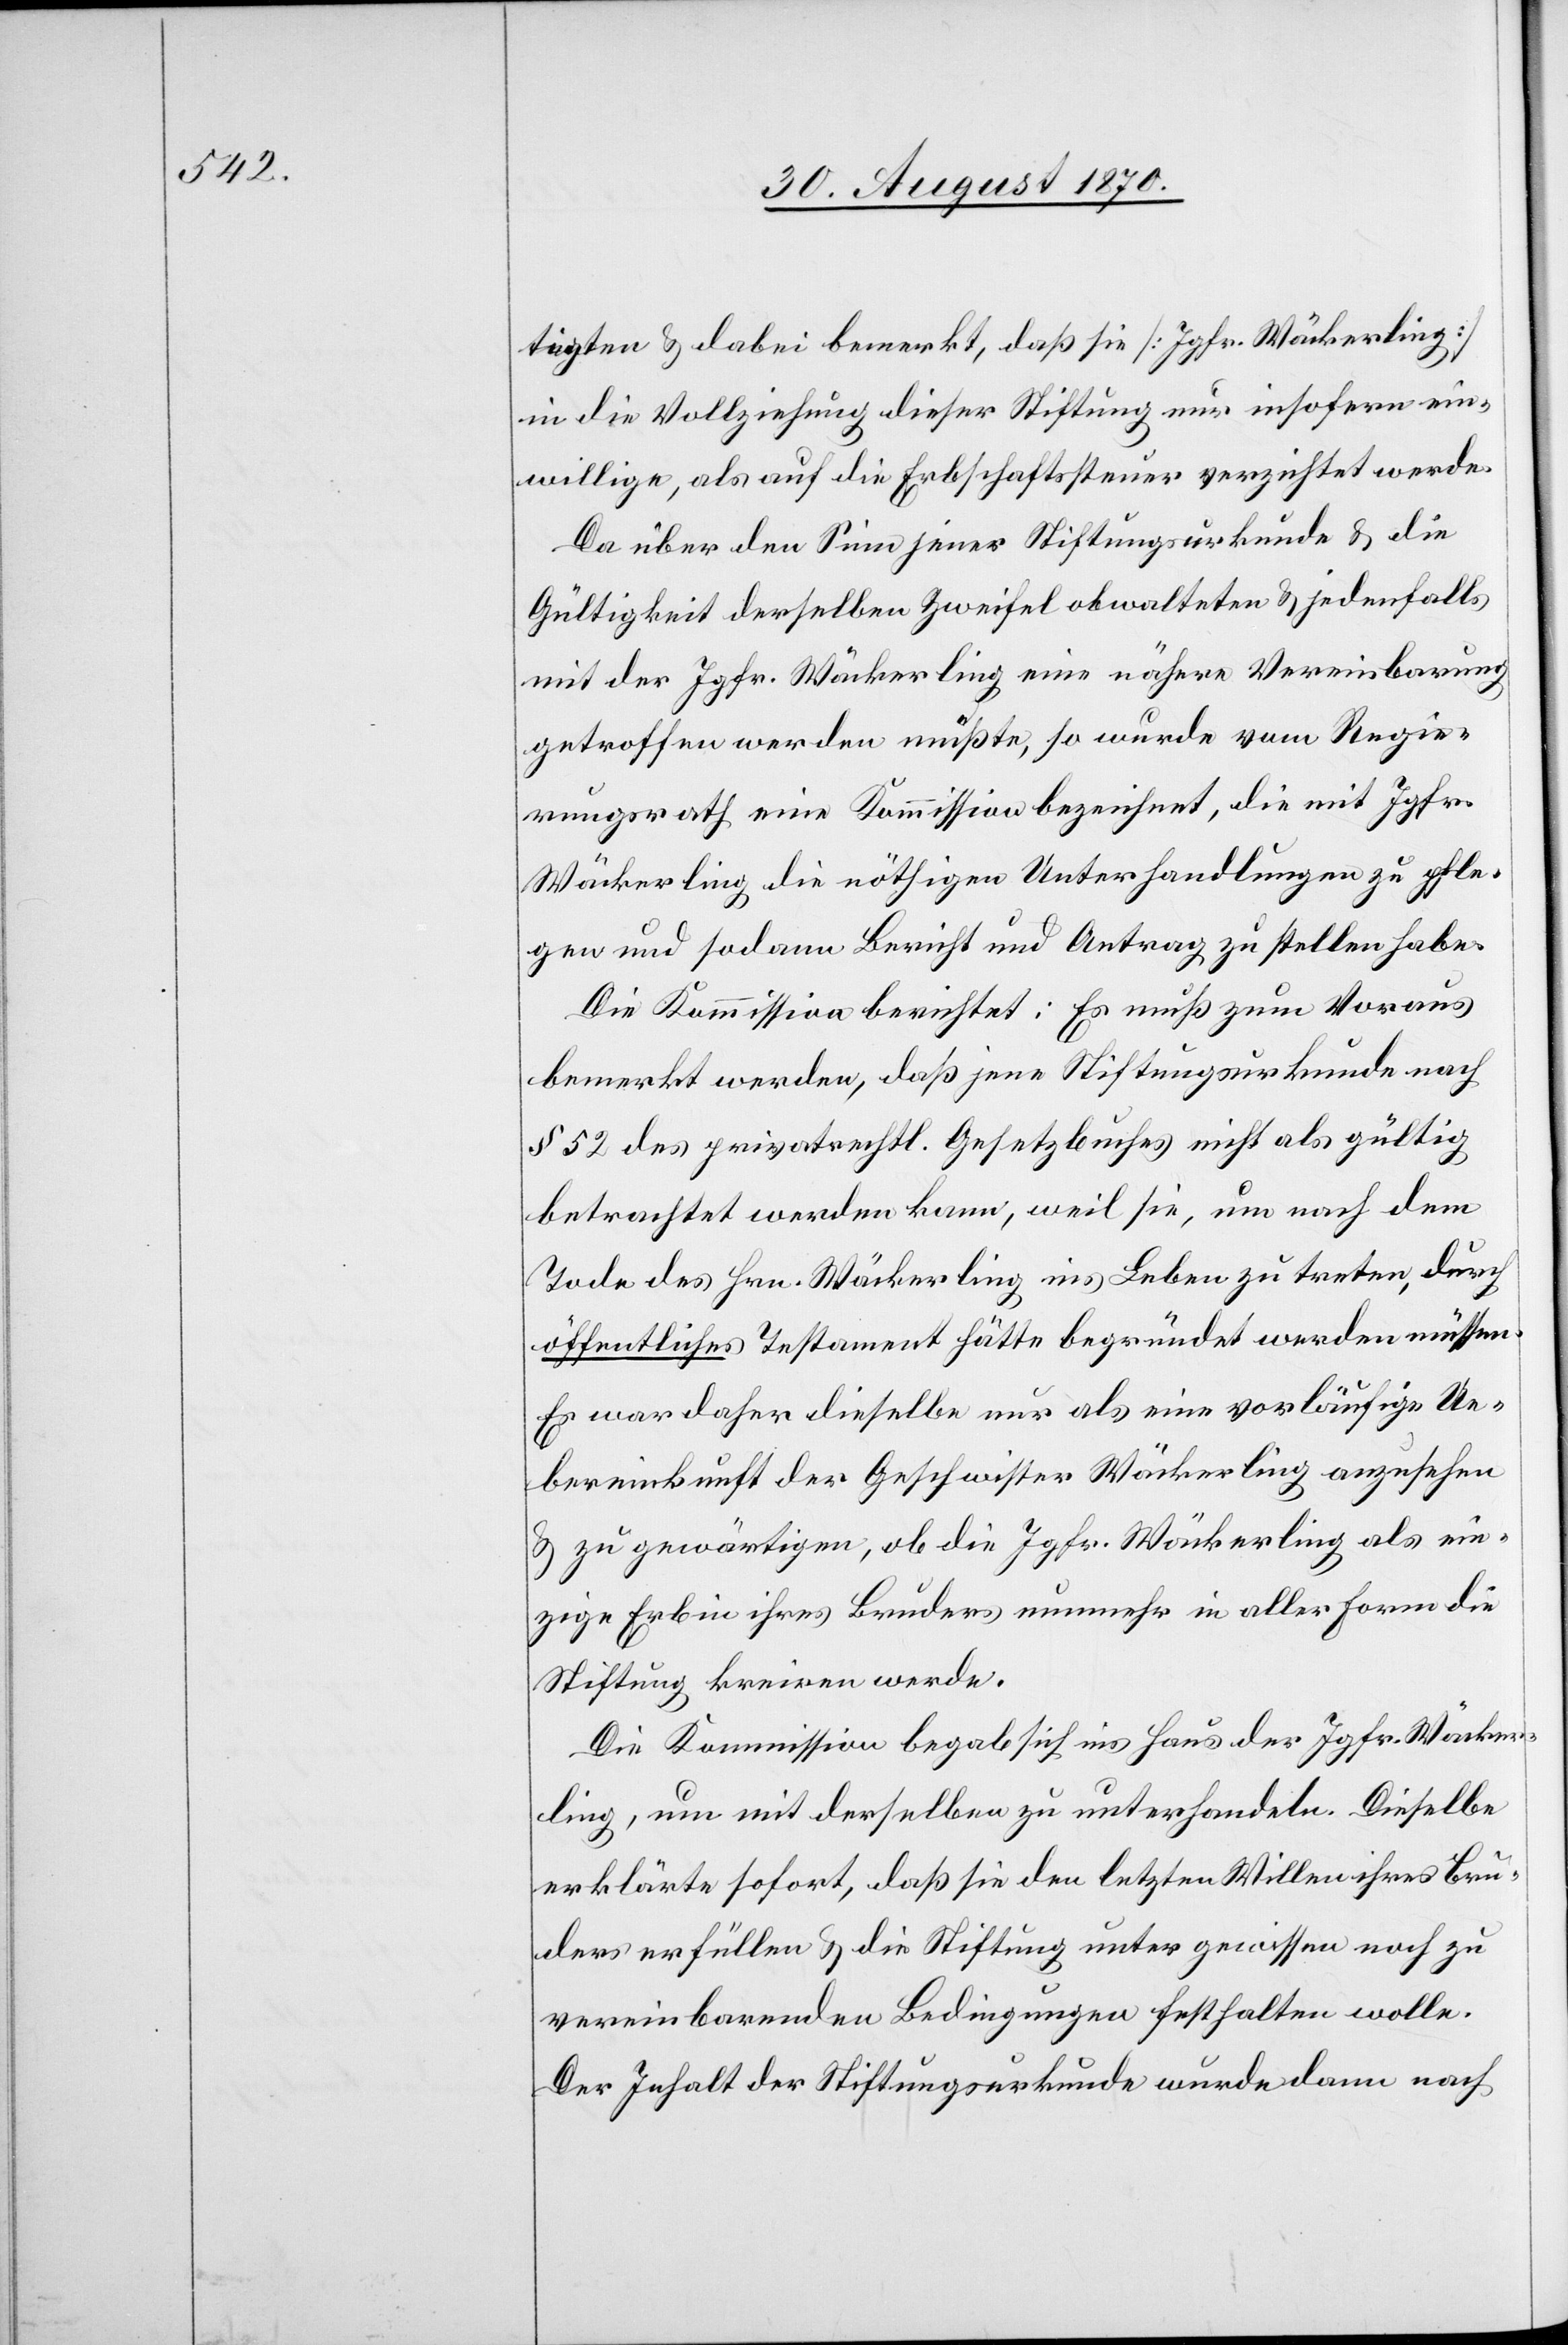
tigten & dabei bemerkt, daß sie [Jgfr. Wäckerling]
in die Vollziehung dieser Stiftung nur insofern ein¬
willige, als auf die Erbschaftssteuer verzichtet werde.
Da über den Sinn jener Stiftungsurkunde & die
Gültigkeit derselben Zweifel obwalteten & jedenfalls
mit der Jgfr. Wäckerling eine nähere Vereinbarung
getroffen werden müßte, so wurde vom Regie¬
rungsrath eine Kommission bezeichnet, die mit Jgfr.
Wäckerling die nöthigen Unterhandlungen zu pfle¬
gen und sodann Bericht und Antrag zu stellen habe.
Die Kommission berichtet: Es muß zum Voraus
bemerkt werden, daß jene Stiftungsurkunde nach
§ 52 des privatrechtl. Gesetzbuches nicht als gültig
betrachtet werden kann, weil sie, um nach dem
Tode des Hrn. Wäckerling ins Leben zu treten, durch
öffentliches Testament hätte begründet werden müssen.
Es war daher dieselbe nur als eine vorläufige Ue¬
bereinkunft der Geschwister Wäckerling anzusehen
& zu gewärtigen, ob die Jgfr. Wäckerling als ein¬
zige Erbin ihres Bruders nunmehr in aller Form die
Stiftung kreiren werde.
Die Kommission begab sich ins Haus der Jgfr. Wäcker¬
ling, um mit derselben zu unterhandeln. Dieselbe
erklärte sofort, daß sie den letzten Willen ihres Bru¬
ders erfüllen & die Stiftung unter gewissen noch zu
vereinbarenden Bedingungen festhalten wolle.
Der Inhalt der Stiftungsurkunde wurde dann nach